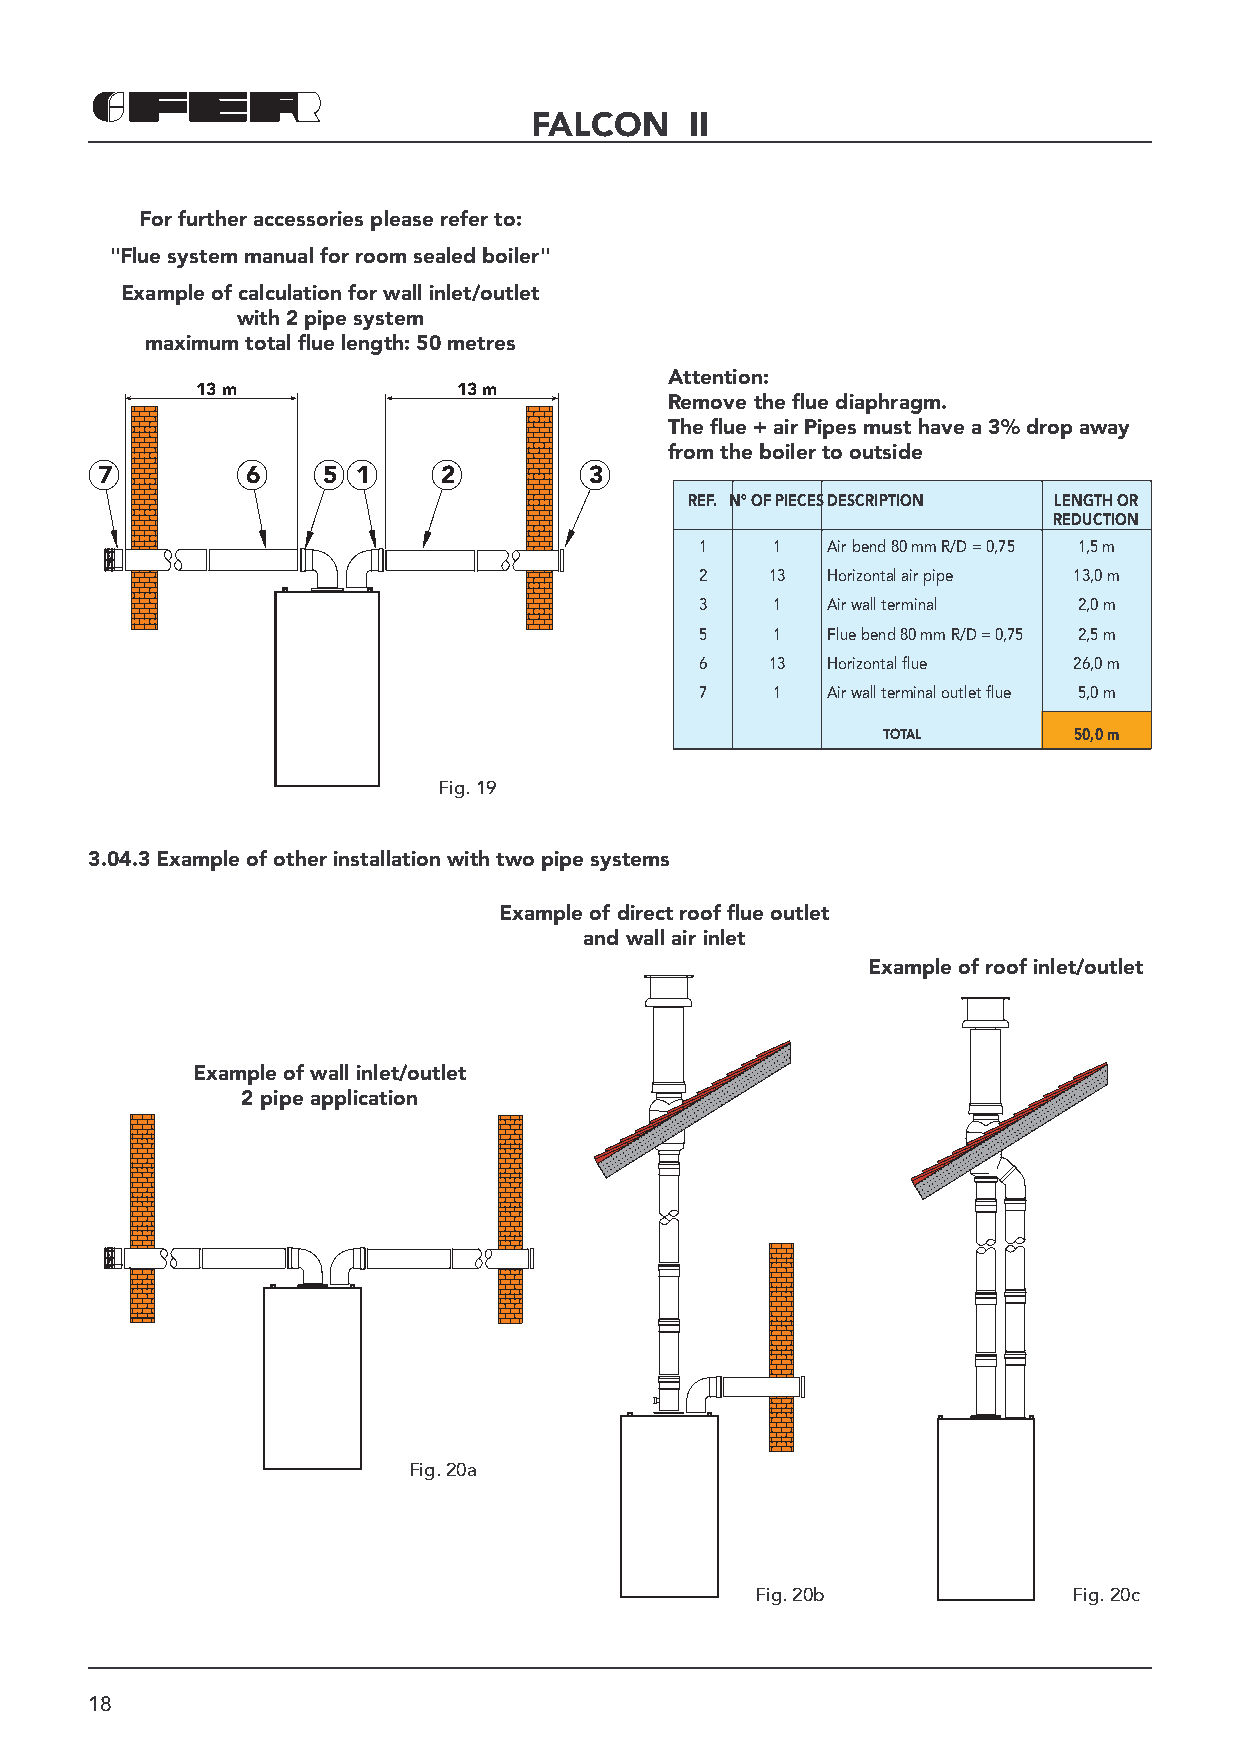
FALCON     II
 For further accessories please refer to:
 "Flue system manual for room sealed boiler"
 Example of calculation for wall inlet/outlet
 with 2 pipe system
 maximum total fl ue length: 50 metres
 Attention:
 13 m             13 m
 Remove the fl ue diaphragm.
 The fl ue + air Pipes must have a 3% drop away
 from the boiler to outside
 7         6    5  1    2         3
 REF. N° OF PIECESDESCRIPTION LENGTH OR
 REDUCTION
 1    1   Air bend 80 mm R/D = 0,75 1,5 m
 2    13  Horizontal air pipe 13,0 m
 3    1   Air wall terminal 2,0 m
 5    1   Flue bend 80 mm R/D = 0,75 2,5 m
 6    13  Horizontal flue 26,0 m
 7    1   Air wall terminal outlet flue 5,0 m
 TOTAL        50,0 m
 Fig. 19
 3.04.3 Example of other installation with two pipe systems
 Example of direct roof fl ue outlet
 and wall air inlet
 Example of roof inlet/outlet
 Example of wall inlet/outlet
 2 pipe application
 Fig. 20a
 Fig. 20b             Fig. 20c
 18